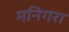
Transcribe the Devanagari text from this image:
मनिगरा